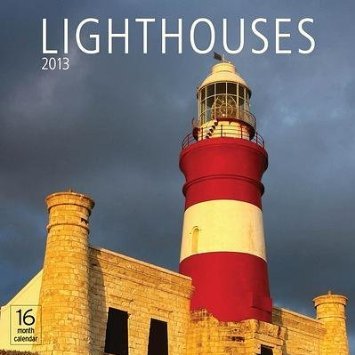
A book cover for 2013 Lighthouses; Moseley Road Inc.; Calendars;